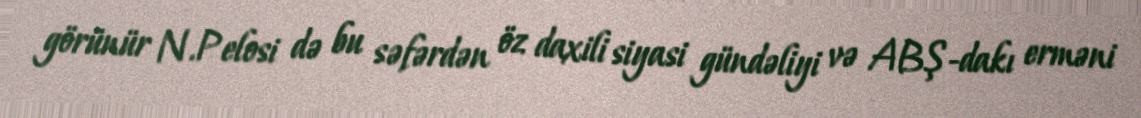
görünür N.Pelosi də bu səfərdən öz daxili siyasi gündəliyi və ABŞ-dakı erməni